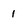
Character: 1